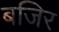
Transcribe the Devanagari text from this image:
बजिर